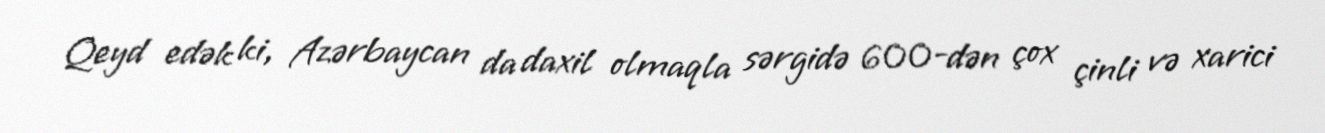
Qeyd edək ki, Azərbaycan da daxil olmaqla sərgidə 600-dən çox çinli və xarici